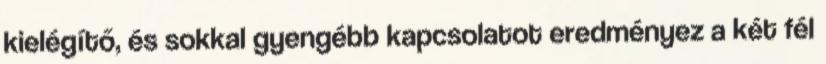
kielégítő, és sokkal gyengébb kapcsolatot eredményez a két fél